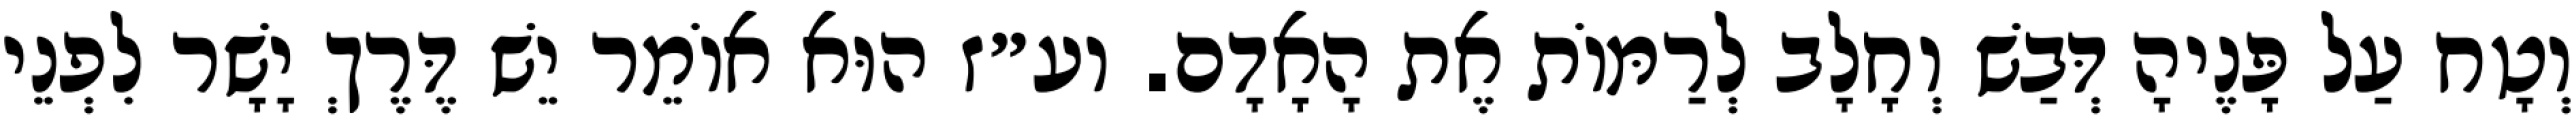
וְטָח עַל פָּנֶיהָ דְּבַשׁ וְחָלָב לְרַמּוֹת אֶת הָאָדָם. וע״ז הוּא אוֹמֵר יֵשׁ דֶּרֶךְ יָשָׁר לִפְנֵי